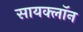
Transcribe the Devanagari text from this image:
सायक्लॉन